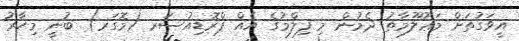
އީވަގުތަށް މަޢުލޫމާތު ދެމުން މި ފިލްމުގެ އެއް ޕްރޮޑިއުސަރ (މޮގަރ) ބުނީ މިހާރު